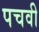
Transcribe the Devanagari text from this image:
पचवी